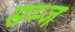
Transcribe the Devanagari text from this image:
सम्ज